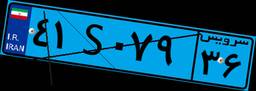
۸۲S۸۴۰۲۸